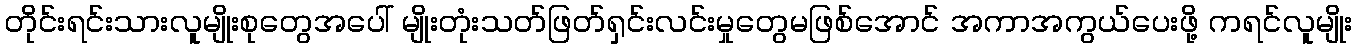
တိုင်းရင်းသားလူမျိုးစုတွေအပေါ် မျိုးတုံးသတ်ဖြတ်ရှင်းလင်းမှုတွေမဖြစ်အောင် အကာအကွယ်ပေးဖို့ ကရင်လူမျိုး